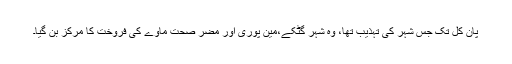
پان کل تک جس شہر کی تہذیب تھا، وہ شہر گٹکے،مین پوری اور مضر صحت ماوے کی فروخت کا مرکز بن گیا۔